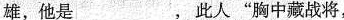
雄，他是___，此人”胸中藏战将，